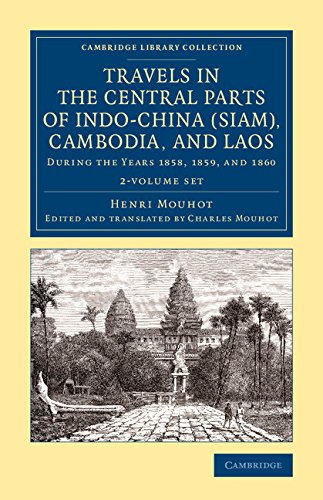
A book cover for Travels in the Central Parts of Indo-China (Siam), Cambodia, and Laos: During the Years 1858, 1859, and 1860 (Cambridge Library Collection - East and South-East Asian History) (French Edition); Henri Mouhot; Travel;